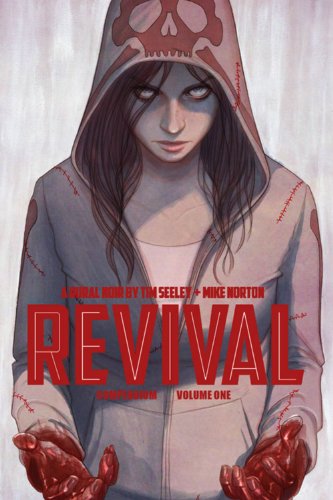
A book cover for Revival Deluxe Collection Volume 1 HC (Revival DLX Coll Hc); Tim Seeley; Comics & Graphic Novels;